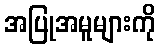
အပြုအမူများကို